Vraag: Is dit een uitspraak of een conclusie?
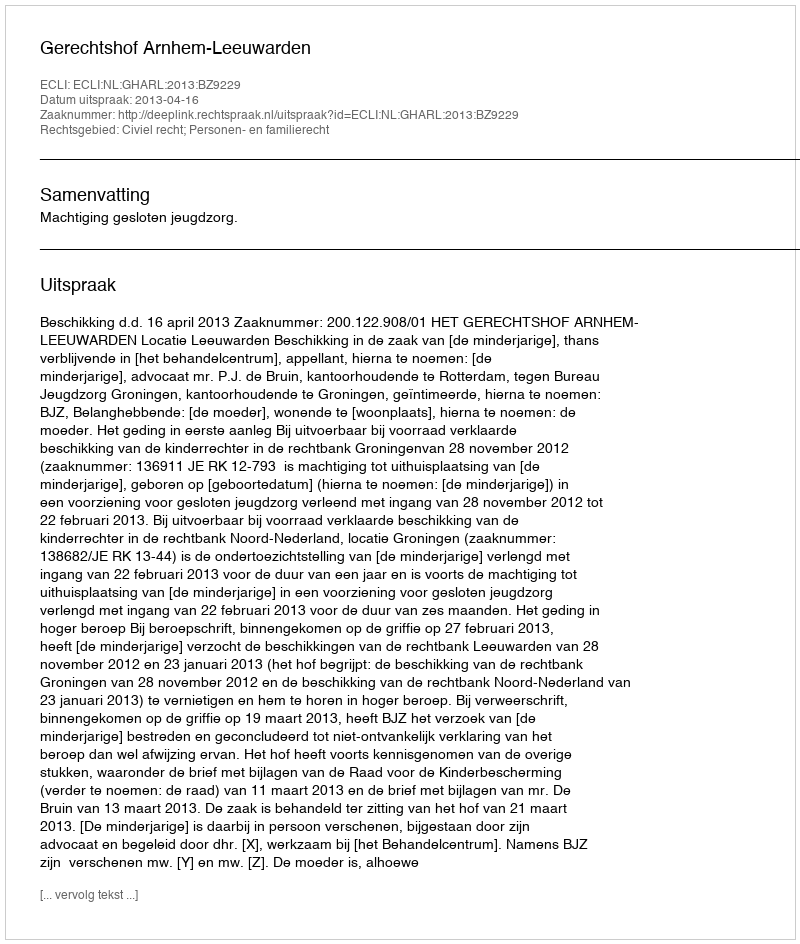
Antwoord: Uitspraak